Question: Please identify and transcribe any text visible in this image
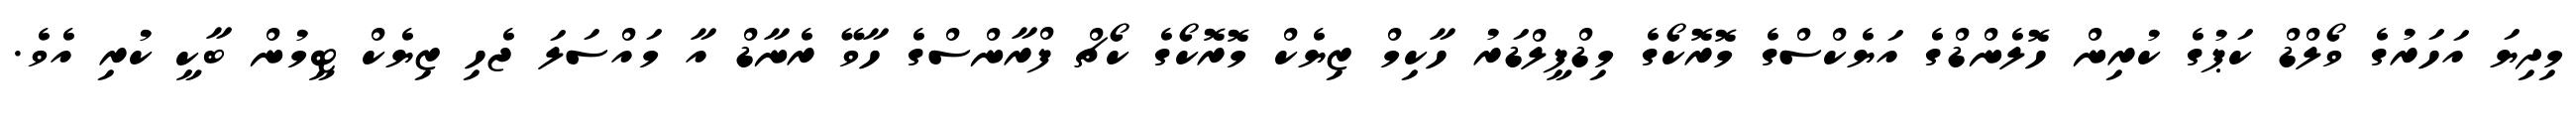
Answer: މިދިޔަ އަހަރުގެ ވޯލްޑް ކަޕުގެ ކުރިން ހޮލެންޑްގެ އަޔެކްސްގެ މޮރޮކޯގެ މިޑްފީލްޑަރު ހާކިމް ޒިޔެކް މޮރޮކޯގެ ކޯޗް ފްރާންސްގެ ހާވޭ ރެނާޑް އާ މައްސަލަ ޖެހި ޒިޔެކް ޓީމުން ބާކީ ކުރި އެވެ.